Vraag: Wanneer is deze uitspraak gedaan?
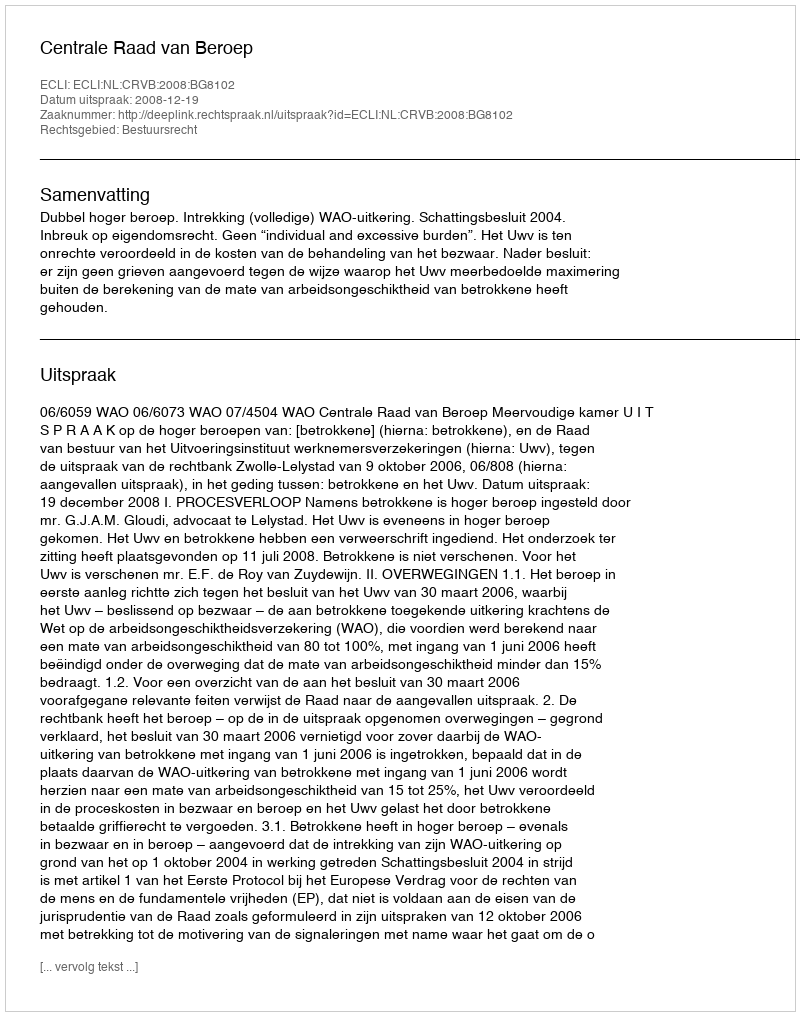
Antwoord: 2008-12-19